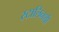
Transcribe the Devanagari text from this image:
स्टालिनशी